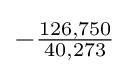
-{\tfrac {126,750}{40,273}}